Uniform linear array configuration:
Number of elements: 48
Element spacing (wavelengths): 1
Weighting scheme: cosine
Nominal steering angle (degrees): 45
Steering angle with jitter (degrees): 45.886
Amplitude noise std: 0.05
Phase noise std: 0.05

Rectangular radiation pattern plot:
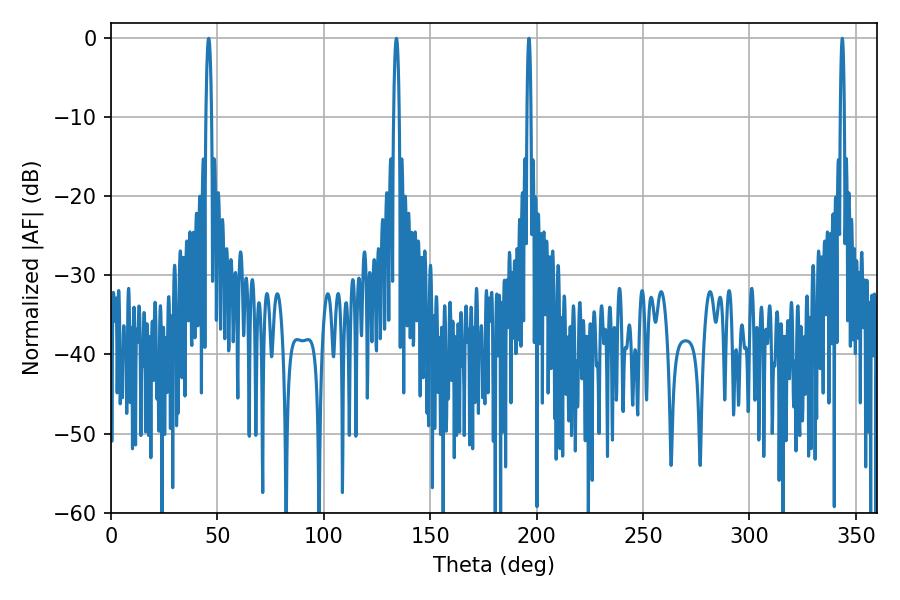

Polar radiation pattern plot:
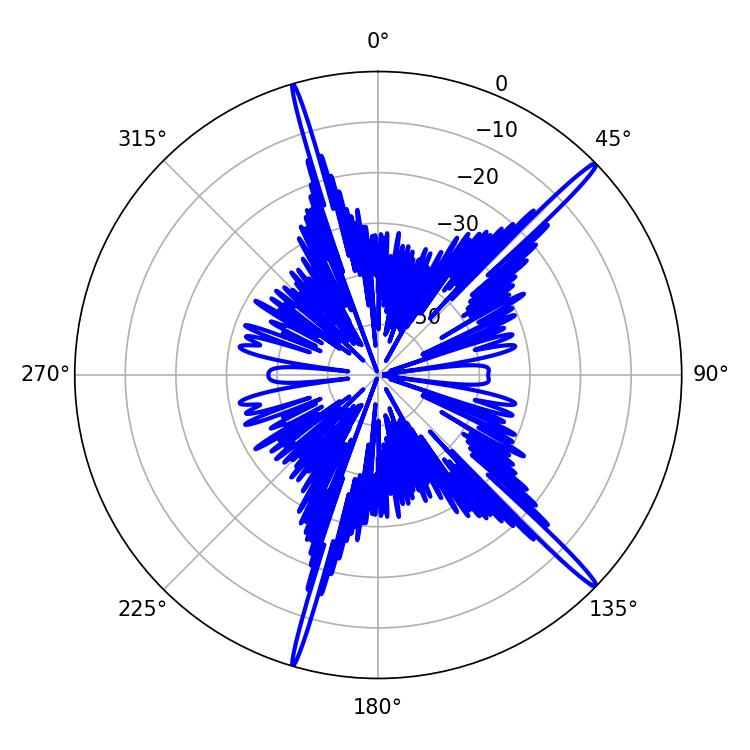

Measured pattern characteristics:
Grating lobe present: TRUE
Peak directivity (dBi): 18.113
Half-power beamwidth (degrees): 1.08
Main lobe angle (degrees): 196.38